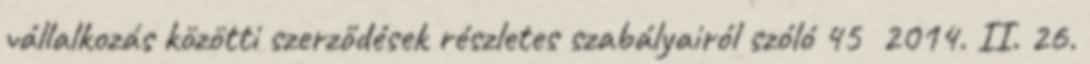
vállalkozás közötti szerződések részletes szabályairól szóló 45 2014. II. 26.